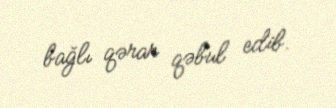
bağlı qərar qəbul edib.